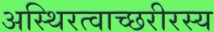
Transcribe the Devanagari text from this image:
अस्थिरत्वाच्छरीरस्य